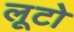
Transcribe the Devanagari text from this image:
लूटो